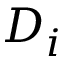
D _ { i }